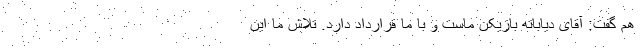
هم گفت: آقای دیاباته بازیکن ماست و با ما قرارداد دارد. تلاش ما این